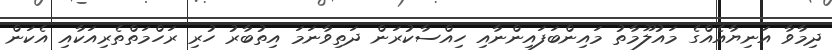
ދިމާވާ އަނިޔާއެއްގެ މައުލޫމާތު މައިންބަފައިންނާއި ހިއްސާކުރަން ދަތިވާނަމަ އިތުބާރު ހުރި ރަހްމަތްތެރިއަކާއި އެކަން